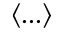
\langle . . . \rangle